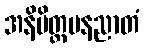
အနိမိတ္တမနညာတံ